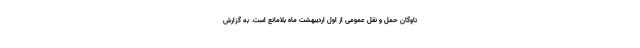
ناوگان حمل و نقل عمومی از اول اردیبهشت ماه بلامانع است. به گزارش